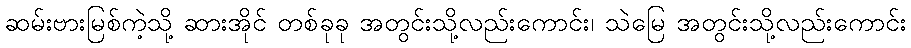
ဆမ်းဗားမြစ်ကဲ့သို့ ဆားအိုင် တစ်ခုခု အတွင်းသို့လည်းကောင်း၊ သဲမြေ အတွင်းသို့လည်းကောင်း